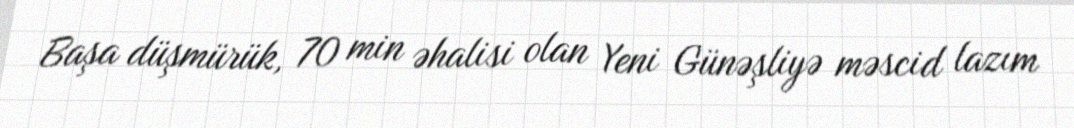
Başa düşmürük, 70 min əhalisi olan Yeni Günəşliyə məscid lazım